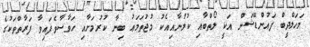
މަހަލްދީބް ފައުންޑޭޝަން އަކީ ލޯތްބާއި ކުލުނާއިއެކު މުޖުތަމަޢު ބިނާ ކުރުމަށާއި ހަވާސާވެފައިވާ ފަރާތްތަކުގެ